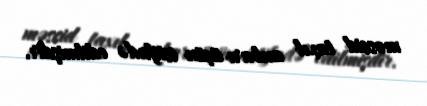
məscid taxıl anbarı üçün istifadə edilmişdir.